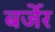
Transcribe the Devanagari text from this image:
बर्जेर